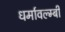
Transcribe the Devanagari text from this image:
धर्मावल्म्बी